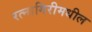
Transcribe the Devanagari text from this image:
रत्नागिरीमधील